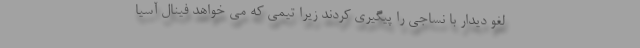
لغو دیدار با نساجی را پیگیری کردند زیرا تیمی که می خواهد فینال آسیا